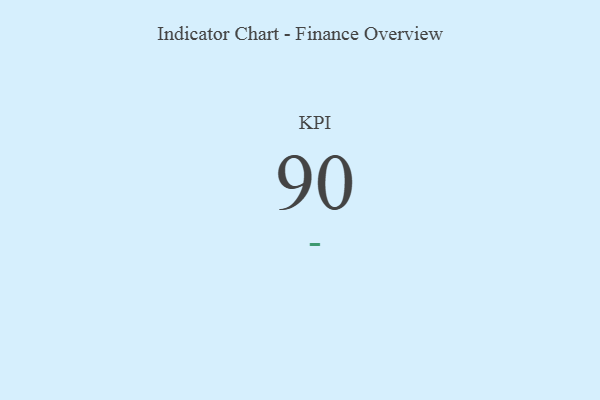
{"axis": {"x": "KPI", "y": "Value"}, "legend": [""], "data": [{"x": "KPI", "y": 90, "type": ""}]}